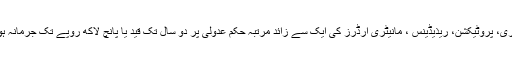
عبوری، پروٹیکشن، ریذیڈینس ، مانیٹری آرڈرز کی ایک سے زائد مرتبہ حکم عدولی پر دو سال تک قید یا پانچ لاکھ روپے تک جرمانہ ہو گا۔